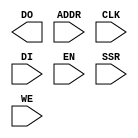
// $Header: /devl/xcs/repo/env/Databases/CAEInterfaces/xec_libs/data/unisims/ramb16_s1_int.v,v 1.1 2005/05/10 01:20:09 wloo Exp $

/*

FUNCTION	: 16x1 Block RAM with synchronous write capability

*/

`celldefine
`timescale  100 ps / 10 ps

module ramb16_s1_int (DO, ADDR, CLK, DI, EN, SSR, WE);

    parameter INIT = 1'h0;
    parameter SRVAL = 1'h0;
    parameter WRITE_MODE = "WRITE_FIRST";

    parameter INIT_00 = 256'h0000000000000000000000000000000000000000000000000000000000000000;
    parameter INIT_01 = 256'h0000000000000000000000000000000000000000000000000000000000000000;
    parameter INIT_02 = 256'h0000000000000000000000000000000000000000000000000000000000000000;
    parameter INIT_03 = 256'h0000000000000000000000000000000000000000000000000000000000000000;
    parameter INIT_04 = 256'h0000000000000000000000000000000000000000000000000000000000000000;
    parameter INIT_05 = 256'h0000000000000000000000000000000000000000000000000000000000000000;
    parameter INIT_06 = 256'h0000000000000000000000000000000000000000000000000000000000000000;
    parameter INIT_07 = 256'h0000000000000000000000000000000000000000000000000000000000000000;
    parameter INIT_08 = 256'h0000000000000000000000000000000000000000000000000000000000000000;
    parameter INIT_09 = 256'h0000000000000000000000000000000000000000000000000000000000000000;
    parameter INIT_0A = 256'h0000000000000000000000000000000000000000000000000000000000000000;
    parameter INIT_0B = 256'h0000000000000000000000000000000000000000000000000000000000000000;
    parameter INIT_0C = 256'h0000000000000000000000000000000000000000000000000000000000000000;
    parameter INIT_0D = 256'h0000000000000000000000000000000000000000000000000000000000000000;
    parameter INIT_0E = 256'h0000000000000000000000000000000000000000000000000000000000000000;
    parameter INIT_0F = 256'h0000000000000000000000000000000000000000000000000000000000000000;
    parameter INIT_10 = 256'h0000000000000000000000000000000000000000000000000000000000000000;
    parameter INIT_11 = 256'h0000000000000000000000000000000000000000000000000000000000000000;
    parameter INIT_12 = 256'h0000000000000000000000000000000000000000000000000000000000000000;
    parameter INIT_13 = 256'h0000000000000000000000000000000000000000000000000000000000000000;
    parameter INIT_14 = 256'h0000000000000000000000000000000000000000000000000000000000000000;
    parameter INIT_15 = 256'h0000000000000000000000000000000000000000000000000000000000000000;
    parameter INIT_16 = 256'h0000000000000000000000000000000000000000000000000000000000000000;
    parameter INIT_17 = 256'h0000000000000000000000000000000000000000000000000000000000000000;
    parameter INIT_18 = 256'h0000000000000000000000000000000000000000000000000000000000000000;
    parameter INIT_19 = 256'h0000000000000000000000000000000000000000000000000000000000000000;
    parameter INIT_1A = 256'h0000000000000000000000000000000000000000000000000000000000000000;
    parameter INIT_1B = 256'h0000000000000000000000000000000000000000000000000000000000000000;
    parameter INIT_1C = 256'h0000000000000000000000000000000000000000000000000000000000000000;
    parameter INIT_1D = 256'h0000000000000000000000000000000000000000000000000000000000000000;
    parameter INIT_1E = 256'h0000000000000000000000000000000000000000000000000000000000000000;
    parameter INIT_1F = 256'h0000000000000000000000000000000000000000000000000000000000000000;
    parameter INIT_20 = 256'h0000000000000000000000000000000000000000000000000000000000000000;
    parameter INIT_21 = 256'h0000000000000000000000000000000000000000000000000000000000000000;
    parameter INIT_22 = 256'h0000000000000000000000000000000000000000000000000000000000000000;
    parameter INIT_23 = 256'h0000000000000000000000000000000000000000000000000000000000000000;
    parameter INIT_24 = 256'h0000000000000000000000000000000000000000000000000000000000000000;
    parameter INIT_25 = 256'h0000000000000000000000000000000000000000000000000000000000000000;
    parameter INIT_26 = 256'h0000000000000000000000000000000000000000000000000000000000000000;
    parameter INIT_27 = 256'h0000000000000000000000000000000000000000000000000000000000000000;
    parameter INIT_28 = 256'h0000000000000000000000000000000000000000000000000000000000000000;
    parameter INIT_29 = 256'h0000000000000000000000000000000000000000000000000000000000000000;
    parameter INIT_2A = 256'h0000000000000000000000000000000000000000000000000000000000000000;
    parameter INIT_2B = 256'h0000000000000000000000000000000000000000000000000000000000000000;
    parameter INIT_2C = 256'h0000000000000000000000000000000000000000000000000000000000000000;
    parameter INIT_2D = 256'h0000000000000000000000000000000000000000000000000000000000000000;
    parameter INIT_2E = 256'h0000000000000000000000000000000000000000000000000000000000000000;
    parameter INIT_2F = 256'h0000000000000000000000000000000000000000000000000000000000000000;
    parameter INIT_30 = 256'h0000000000000000000000000000000000000000000000000000000000000000;
    parameter INIT_31 = 256'h0000000000000000000000000000000000000000000000000000000000000000;
    parameter INIT_32 = 256'h0000000000000000000000000000000000000000000000000000000000000000;
    parameter INIT_33 = 256'h0000000000000000000000000000000000000000000000000000000000000000;
    parameter INIT_34 = 256'h0000000000000000000000000000000000000000000000000000000000000000;
    parameter INIT_35 = 256'h0000000000000000000000000000000000000000000000000000000000000000;
    parameter INIT_36 = 256'h0000000000000000000000000000000000000000000000000000000000000000;
    parameter INIT_37 = 256'h0000000000000000000000000000000000000000000000000000000000000000;
    parameter INIT_38 = 256'h0000000000000000000000000000000000000000000000000000000000000000;
    parameter INIT_39 = 256'h0000000000000000000000000000000000000000000000000000000000000000;
    parameter INIT_3A = 256'h0000000000000000000000000000000000000000000000000000000000000000;
    parameter INIT_3B = 256'h0000000000000000000000000000000000000000000000000000000000000000;
    parameter INIT_3C = 256'h0000000000000000000000000000000000000000000000000000000000000000;
    parameter INIT_3D = 256'h0000000000000000000000000000000000000000000000000000000000000000;
    parameter INIT_3E = 256'h0000000000000000000000000000000000000000000000000000000000000000;
    parameter INIT_3F = 256'h0000000000000000000000000000000000000000000000000000000000000000;

    output [0:0] DO;
    reg [0:0] DO;

    input [13:0] ADDR;
    input [0:0] DI;
    input EN, CLK, WE, SSR;

// synopsys translate_off
    reg [18431:0] mem;
    reg [8:0] count;
    reg [1:0] wr_mode;

    initial begin
	for (count = 0; count < 256; count = count + 1) begin
	    mem[count]		  <= INIT_00[count];
	    mem[256 * 1 + count]  <= INIT_01[count];
	    mem[256 * 2 + count]  <= INIT_02[count];
	    mem[256 * 3 + count]  <= INIT_03[count];
	    mem[256 * 4 + count]  <= INIT_04[count];
	    mem[256 * 5 + count]  <= INIT_05[count];
	    mem[256 * 6 + count]  <= INIT_06[count];
	    mem[256 * 7 + count]  <= INIT_07[count];
	    mem[256 * 8 + count]  <= INIT_08[count];
	    mem[256 * 9 + count]  <= INIT_09[count];
	    mem[256 * 10 + count] <= INIT_0A[count];
	    mem[256 * 11 + count] <= INIT_0B[count];
	    mem[256 * 12 + count] <= INIT_0C[count];
	    mem[256 * 13 + count] <= INIT_0D[count];
	    mem[256 * 14 + count] <= INIT_0E[count];
	    mem[256 * 15 + count] <= INIT_0F[count];
	    mem[256 * 16 + count] <= INIT_10[count];
	    mem[256 * 17 + count] <= INIT_11[count];
	    mem[256 * 18 + count] <= INIT_12[count];
	    mem[256 * 19 + count] <= INIT_13[count];
	    mem[256 * 20 + count] <= INIT_14[count];
	    mem[256 * 21 + count] <= INIT_15[count];
	    mem[256 * 22 + count] <= INIT_16[count];
	    mem[256 * 23 + count] <= INIT_17[count];
	    mem[256 * 24 + count] <= INIT_18[count];
	    mem[256 * 25 + count] <= INIT_19[count];
	    mem[256 * 26 + count] <= INIT_1A[count];
	    mem[256 * 27 + count] <= INIT_1B[count];
	    mem[256 * 28 + count] <= INIT_1C[count];
	    mem[256 * 29 + count] <= INIT_1D[count];
	    mem[256 * 30 + count] <= INIT_1E[count];
	    mem[256 * 31 + count] <= INIT_1F[count];
	    mem[256 * 32 + count] <= INIT_20[count];
	    mem[256 * 33 + count] <= INIT_21[count];
	    mem[256 * 34 + count] <= INIT_22[count];
	    mem[256 * 35 + count] <= INIT_23[count];
	    mem[256 * 36 + count] <= INIT_24[count];
	    mem[256 * 37 + count] <= INIT_25[count];
	    mem[256 * 38 + count] <= INIT_26[count];
	    mem[256 * 39 + count] <= INIT_27[count];
	    mem[256 * 40 + count] <= INIT_28[count];
	    mem[256 * 41 + count] <= INIT_29[count];
	    mem[256 * 42 + count] <= INIT_2A[count];
	    mem[256 * 43 + count] <= INIT_2B[count];
	    mem[256 * 44 + count] <= INIT_2C[count];
	    mem[256 * 45 + count] <= INIT_2D[count];
	    mem[256 * 46 + count] <= INIT_2E[count];
	    mem[256 * 47 + count] <= INIT_2F[count];
	    mem[256 * 48 + count] <= INIT_30[count];
	    mem[256 * 49 + count] <= INIT_31[count];
	    mem[256 * 50 + count] <= INIT_32[count];
	    mem[256 * 51 + count] <= INIT_33[count];
	    mem[256 * 52 + count] <= INIT_34[count];
	    mem[256 * 53 + count] <= INIT_35[count];
	    mem[256 * 54 + count] <= INIT_36[count];
	    mem[256 * 55 + count] <= INIT_37[count];
	    mem[256 * 56 + count] <= INIT_38[count];
	    mem[256 * 57 + count] <= INIT_39[count];
	    mem[256 * 58 + count] <= INIT_3A[count];
	    mem[256 * 59 + count] <= INIT_3B[count];
	    mem[256 * 60 + count] <= INIT_3C[count];
	    mem[256 * 61 + count] <= INIT_3D[count];
	    mem[256 * 62 + count] <= INIT_3E[count];
	    mem[256 * 63 + count] <= INIT_3F[count];
	end
    end

    initial begin
	case (WRITE_MODE)
	    "WRITE_FIRST" : wr_mode <= 2'b00;
	    "READ_FIRST"  : wr_mode <= 2'b01;
	    "NO_CHANGE"   : wr_mode <= 2'b10;
	    default       : begin
				$display("Error : WRITE_MODE = %s is not WRITE_FIRST, READ_FIRST or NO_CHANGE.", WRITE_MODE);
				$finish;
			    end
	endcase
    end

    always @(posedge CLK) begin
	if (EN == 1'b1) begin
	    if (SSR == 1'b1) begin
		DO[0] <= SRVAL[0];
	    end
	    else begin
		if (WE == 1'b1) begin
		    if (wr_mode == 2'b00) begin
			DO[0] <= DI[0];
		    end
		    else if (wr_mode == 2'b01) begin
			DO[0] <= mem[ADDR * 1 + 0];
		    end
		end
		else begin
		    DO[0] <= mem[ADDR * 1 + 0];
		end
	    end
	end
    end

    always @(posedge CLK) begin
	if (EN == 1'b1 && WE == 1'b1) begin
	    mem[ADDR * 1 + 0] <= DI[0];
	end
    end
// synopsys translate_on

endmodule